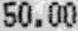
50.00